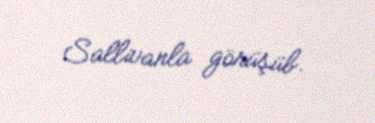
Sallivanla görüşüb.